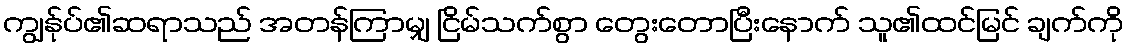
ကျွန်ုပ်၏ဆရာသည် အတန်ကြာမျှ ငြိမ်သက်စွာ တွေးတောပြီးနောက် သူ၏ထင်မြင် ချက်ကို